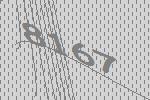
8167